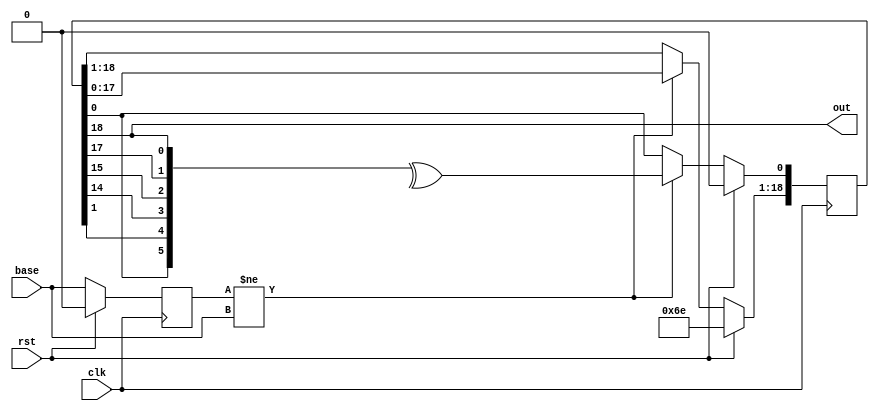
/*  This file is part of JT51.

    JT51 is free software: you can redistribute it and/or modify
    it under the terms of the GNU General Public License as published by
    the Free Software Foundation, either version 3 of the License, or
    (at your option) any later version.

    JT51 is distributed in the hope that it will be useful,
    but WITHOUT ANY WARRANTY; without even the implied warranty of
    MERCHANTABILITY or FITNESS FOR A PARTICULAR PURPOSE.  See the
    GNU General Public License for more details.

    You should have received a copy of the GNU General Public License
    along with JT51.  If not, see <http://www.gnu.org/licenses/>.
	
	Author: Jose Tejada Gomez. Twitter: @topapate
	Version: 1.0
	Date: 27-10-2016
	*/

`timescale 1ns / 1ps

/*

	tab size 4

*/

module jt51_lfo_lfsr #(parameter init=220 )(
	input	rst,
	input	clk,
	input	base,
	output	out
);

reg [18:0] bb;
assign out = bb[18];

reg last_base;

always @(posedge clk) begin : base_counter
	if( rst ) begin
		bb			<= init[18:0];
		last_base 	<= 1'b0;
	end
	else begin
		last_base <= base;
		if( last_base != base ) begin	
			bb[18:1] 	<= bb[17:0];
			bb[0]		<= ^{bb[0],bb[1],bb[14],bb[15],bb[17],bb[18]};
		end
	end
end

endmodule